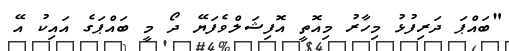
"ބައްޕަ ދަރިފުޅު މިހާރު މިއޮތީ އޮފިޝަލްވެފަޔޭ ދޯ މީ ބައްޕަގެ އައިކު އޭ